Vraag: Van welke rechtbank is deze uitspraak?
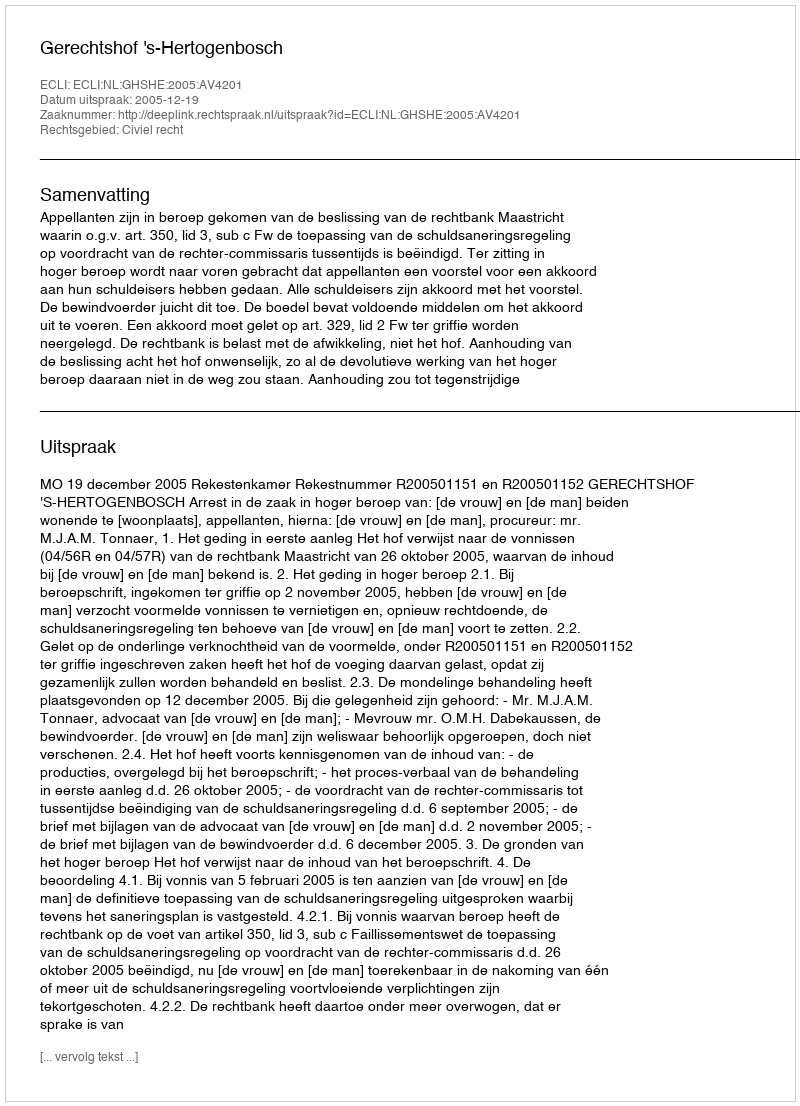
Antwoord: Gerechtshof 's-Hertogenbosch